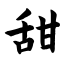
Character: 甜